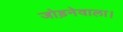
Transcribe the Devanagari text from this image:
जोड़नेवाला।